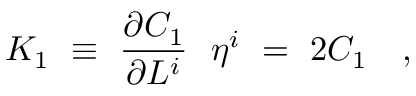
K _ { 1 } \ \equiv \ \frac { \partial C _ { 1 } } { \partial L ^ { i } } \ \ \eta ^ { i } \ = \ 2 C _ { 1 } \ \ \ ,